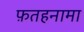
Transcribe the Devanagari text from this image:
फ़तहनामा